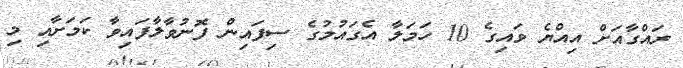
ރައްގާއަށް އިއްޔެ ވައިގެ 10 ހަމަލާ އެގައުމުގެ ސިފައިން ފޮނުވާލާފައިވާ ކަމަށާއި މި